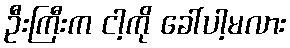
ဦးကြီးက ငါ့ကို ခေါ်ပါ့မလား